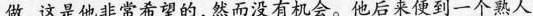
做，这是他非常希望的,然而没有机会。他后来便到一个熟人